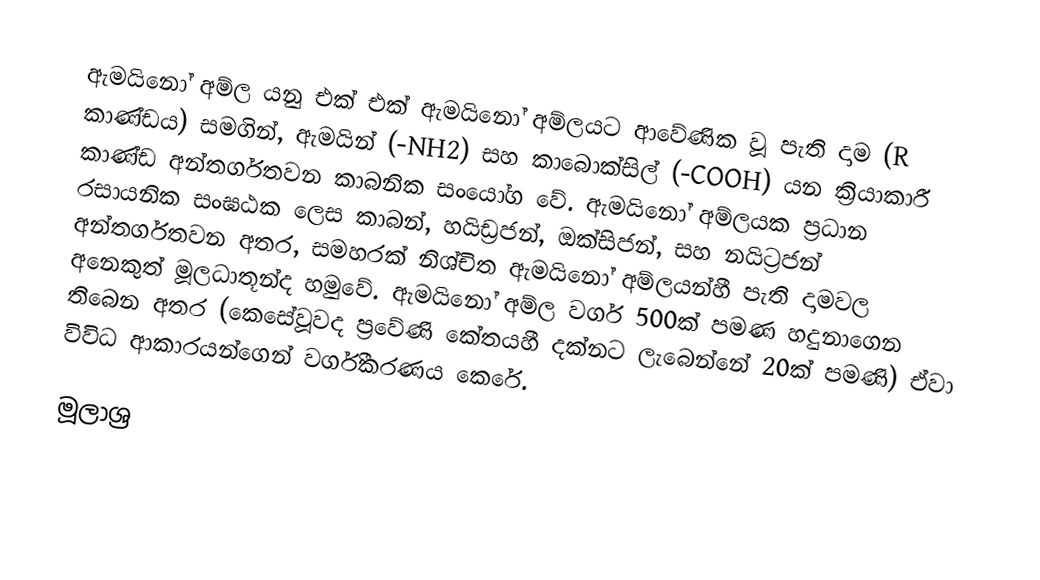
ඇමයිනෝ අම්ල යනු එක් එක් ඇමයිනෝ අම්ලයට ආවේණික වූ පැති දාම (R කාණ්ඩය) සමගින්, ඇමයින් (-NH2) සහ කාබොක්සිල් (-COOH) යන ක්‍රියාකාරී කාණ්ඩ අන්තර්ගතවන කාබනික සංයෝග වේ. ඇමයිනෝ අම්ලයක ප්‍රධාන රසායනික සංඝඨක ලෙස කාබන්, හයිඩ්‍රජන්, ඔක්සිජන්, සහ නයිට්‍රජන් අන්තර්ගතවන අතර, සමහරක් නිශ්චිත ඇමයිනෝ අම්ලයන්හී පැති දාමවල අනෙකුත් මූලධාතූන්ද හමුවේ. ඇමයිනෝ අම්ල වර්ග 500ක් පමණ හදුනාගෙන තිබෙන අතර (කෙසේවූවද ප්‍රවේණි කේතයහී දක්නට ලැබෙන්නේ 20ක් පමණි) ඒවා විවිධ ආකාරයන්ගෙන් වර්ගීකරණය කෙරේ.

මූලාශ්‍ර